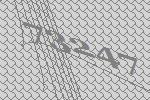
73247